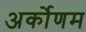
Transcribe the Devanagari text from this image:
अर्कोणम